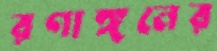
রণাঙ্গনের